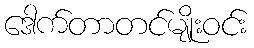
ဒေါက်တာတင်မျိုးဝင်း